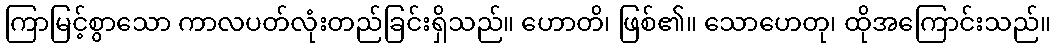
ကြာမြင့်စွာသော ကာလပတ်လုံးတည်ခြင်းရှိသည်။ ဟောတိ၊ ဖြစ်၏။ သောဟေတု၊ ထိုအကြောင်းသည်။